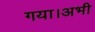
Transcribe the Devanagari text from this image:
गया।अभी